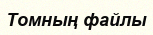
Томның файлы